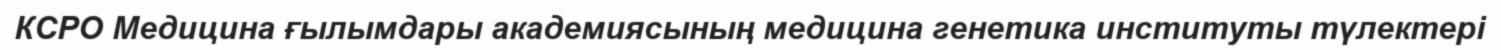
КСРО Медицина ғылымдары академиясының медицина генетика институты түлектері